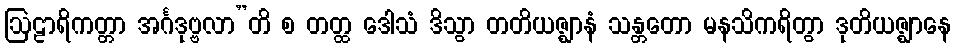
ဩဠာရိကတ္တာ အင်္ဂဒုဗ္ဗလာ”တိ စ တတ္ထ ဒေါသံ ဒိသွာ တတိယဇ္ဈာနံ သန္တတော မနသိကရိတွာ ဒုတိယဇ္ဈာနေ